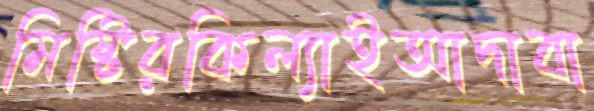
মিষ্টিরকিল্যাইআদাবা